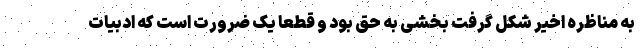
به مناظره اخیر شکل گرفت بخشی به حق بود و قطعاً یک ضرورت است که ادبیات